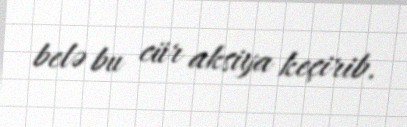
belə bu cür aksiya keçirib.